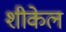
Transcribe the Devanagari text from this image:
शीकेल